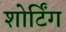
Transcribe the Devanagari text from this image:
शोर्टिंग